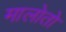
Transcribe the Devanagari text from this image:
मालोतो